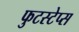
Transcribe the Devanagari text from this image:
फुटस्टेप्स